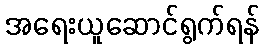
အရေးယူဆောင်ရွက်ရန်